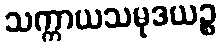
သက္ကာယသမုဒယဉ္စ